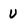
Character: u